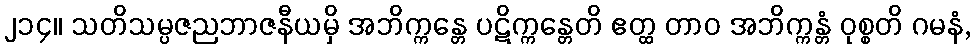
၂၁၄။ သတိသမ္ပဇညဘာဇနီယမှိ အဘိက္ကန္တေ ပဋိက္ကန္တေတိ ဧတ္ထ တာဝ အဘိက္ကန္တံ ဝုစ္စတိ ဂမနံ,